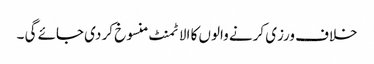
خلاف ورزی کرنے والوں کا الاٹمنٹ منسوخ کر دی جائے گی ۔